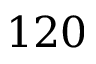
1 2 0